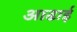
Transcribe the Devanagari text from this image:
आढाई